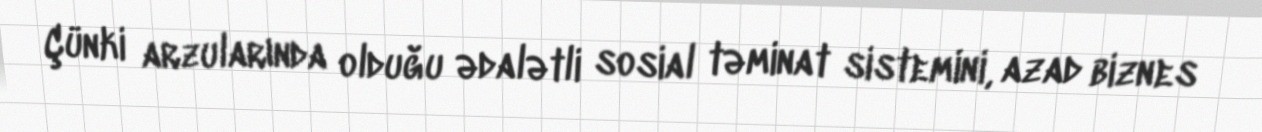
Çünki arzularında olduğu ədalətli sosial təminat sistemini, azad biznes